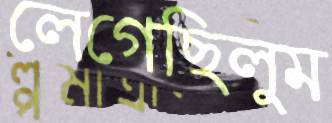
লেগেছিলুম